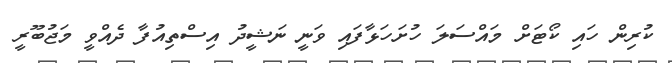
ކުރިން ހައި ކޯޓަށް މައްސަލަ ހުށަހަޅާފައި ވަނީ ނަޝީދު އިސްތިއުފާ ދެއްވީ މަޖުބޫރީ